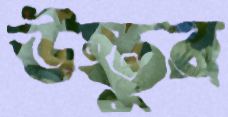
উস্তুর